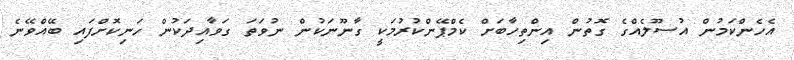
އެހެންކަމުން އުސޫލެއްގެ ގޮތުން އިންތިހާބަށް ކެމްޕޭންކުރުމަކީ ގާނޫނަކުން ނުވަތަ ގަވާއިދަކުން ހަނިކޮށްފައި ބޭއްވޭނެ